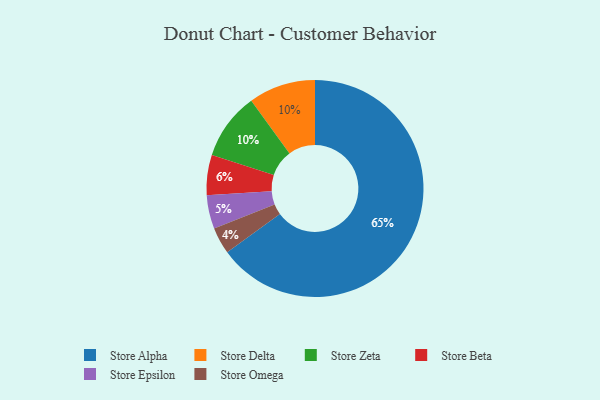
{"axis": {"x": "Category", "y": "Percentage"}, "legend": ["Store Alpha", "Store Beta", "Store Delta", "Store Epsilon", "Store Omega", "Store Zeta"], "data": [{"x": "Store Alpha", "y": 65, "type": "Store Alpha"}, {"x": "Store Delta", "y": 10, "type": "Store Delta"}, {"x": "Store Epsilon", "y": 5, "type": "Store Epsilon"}, {"x": "Store Beta", "y": 6, "type": "Store Beta"}, {"x": "Store Zeta", "y": 10, "type": "Store Zeta"}, {"x": "Store Omega", "y": 4, "type": "Store Omega"}]}